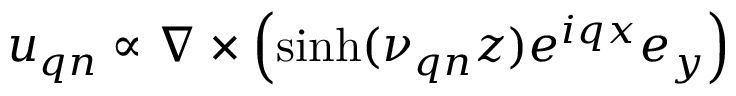
\boldsymbol { u } _ { \boldsymbol { q } n } \propto \nabla \times \left( \sinh ( \nu _ { \boldsymbol { q } n } z ) e ^ { i q x } \boldsymbol { e } _ { y } \right)